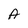
Character: A